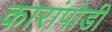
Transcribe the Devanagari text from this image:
कारांपोडी